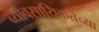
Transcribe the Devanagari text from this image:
व्यावसायिकतेच्या